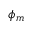
\phi _ { m }